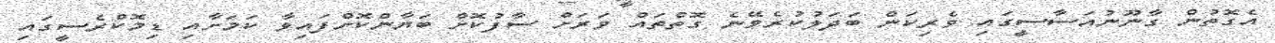
އެގޮތުން ގާނޫނުއަސާސީގައި ވެރިކަން ބަދަލުކުރެވޭނެ ގޮތްތައް ވަރަށް ސާފުކޮށް ބަޔާންކޮށްފައިވާ ކަމަށާއި ޑިމޮކްރެސީގައި